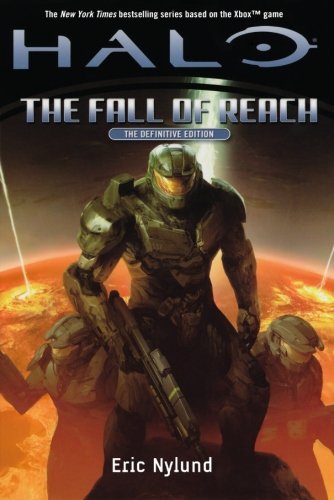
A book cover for Halo: The Fall of Reach; Eric Nylund; Science Fiction & Fantasy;